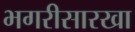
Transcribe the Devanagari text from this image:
भगरीसारखा